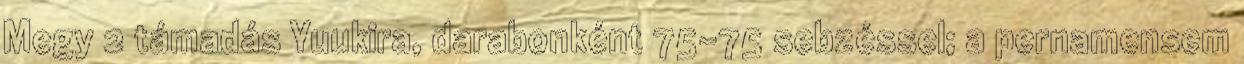
Megy 2 támadás Yuukira, darabonként 75-75 sebzéssel; a pernamensem